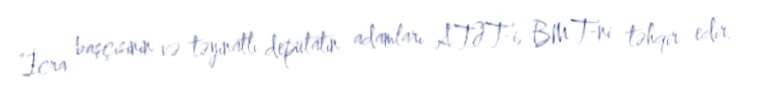
“İcra başçısının və təyinatlı deputatın adamları ATƏT-i, BMT-ni təhqir edir.